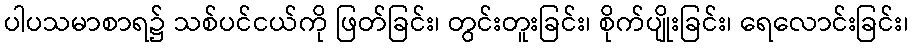
ပါပသမာစာရ၌ သစ်ပင်ငယ်ကို ဖြတ်ခြင်း၊ တွင်းတူးခြင်း၊ စိုက်ပျိုးခြင်း၊ ရေလောင်းခြင်း၊